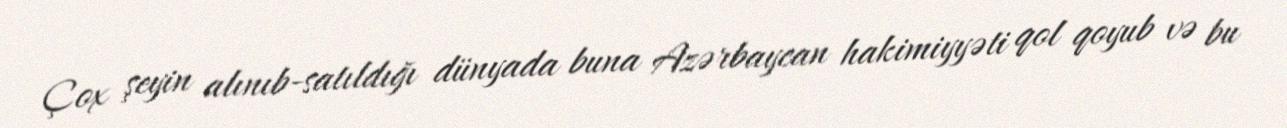
Çox şeyin alınıb-satıldığı dünyada buna Azərbaycan hakimiyyəti qol qoyub və bu